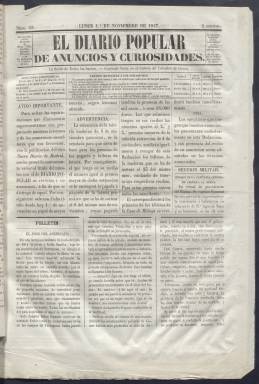
Título: El Diario popular de anuncios y curiosidades
Colección: Periódicos anteriores a 1850
Ámbito geográfico: Madrid
Lugar de publicación: Madrid
Fechas: 01/11/1847-28/12/1847